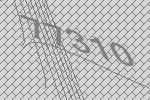
77310